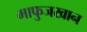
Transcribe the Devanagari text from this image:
माफुजखान